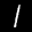
Label: 1